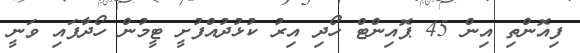
ފިއޮންތި އިން 45 ޕޮއިންޓް ހޯދި އިރު ކުޅުދުއްފުށީ ޓީމުން ހޯދާފައި ވަނީ